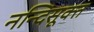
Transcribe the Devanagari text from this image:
नन्दिसूक्त